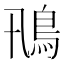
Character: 鳵